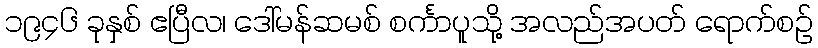
၁၉၄၆ ခုနှစ် ဧပြီလ၊ ဒေါ်မန်ဆမစ် စင်္ကာပူသို့ အလည်အပတ် ရောက်စဉ်